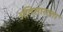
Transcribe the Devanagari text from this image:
अतिसाराला